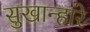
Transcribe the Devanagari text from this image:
सुखान्हारे